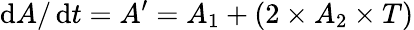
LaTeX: \operatorname{d}\! A/\operatorname{d}\! t=A^{\prime}=A_{1}+(2\times A_{2}\times T)